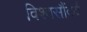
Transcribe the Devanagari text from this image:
विश्वसौंदर्य